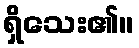
ရှိသေး၏။